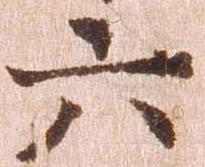
六